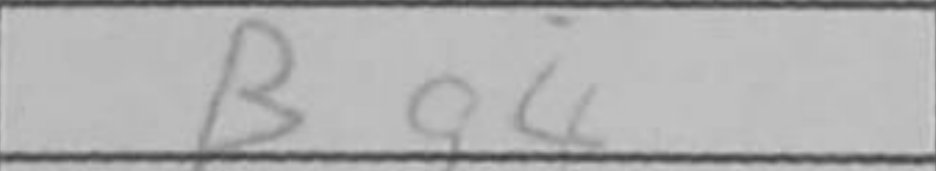
Transcription: Bg4